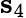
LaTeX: {\mathbf s_{4}}